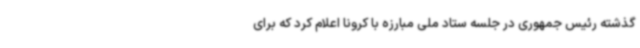
گذشته رئیس جمهوری در جلسه ستاد ملی مبارزه با کرونا اعلام کرد که برای